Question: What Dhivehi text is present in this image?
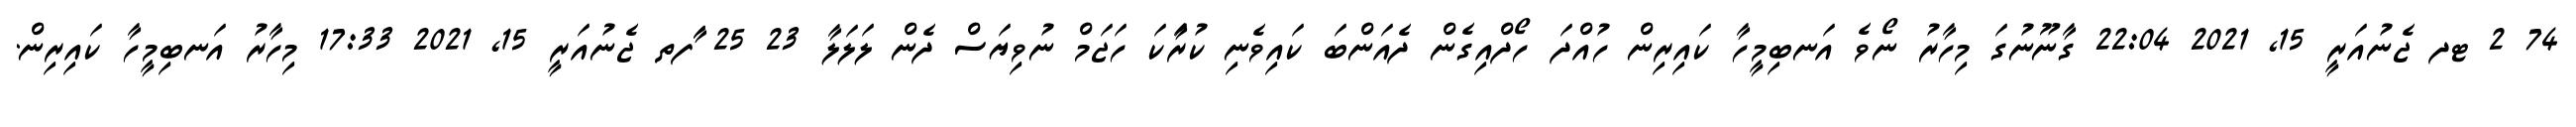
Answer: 74 2 ޓދ ޖެނުއަރީ 15, 2021 22:04 ގާނޫނުގަ މިހާރު ނޯވެ އަނބިމީހާ ކައިރިން ހުއްދަ ހޯދްއިގެން ދެއަންބަ ކައިވެނި ކުރަާކަ ހަޖަމް ނުވިޔަސް ދެން ލަލަލާ 23 25 ާަފތ ޖެނުއަރީ 15, 2021 17:33 މިހާރު އަނބިމީހާ ކައިރިން.